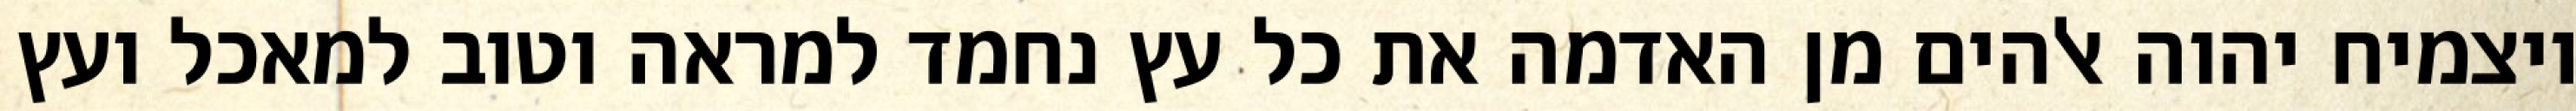
ויצמיח יהוה אלהים מן האדמה את כל עץ נחמד למראה וטוב למאכל ועץ